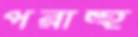
পরাহু